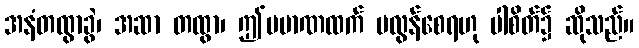
အနံတထွာခွဲ၊ အဆာ တထွာ၊ ဤပမာဏထက် မလွန်စေရဟု ပါစိတ်၌ ဆိုသည်။